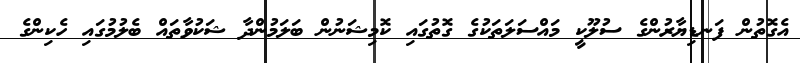
އެގޮތުން ފަނޑިޔާރުންގެ ސުލޫކީ މައްސަލަތަކުގެ ގޮތުގައި ކޮމިޝަނުން ބަލަމުންދާ ޝަކުވާތައް ބެލުމުގައި ހެކިންގެ